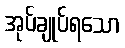
အုပ်ချုပ်ရသော